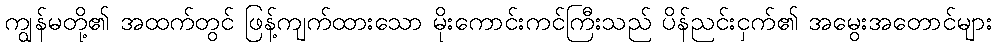
ကျွန်မတို့၏ အထက်တွင် ဖြန့်ကျက်ထားသော မိုးကောင်းကင်ကြီးသည် ပိန်ညင်းငှက်၏ အမွေးအတောင်များ